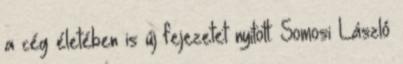
a cég életében is új fejezetet nyitott. Somosi László